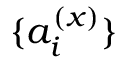
\{ a _ { i } ^ { ( x ) } \}